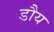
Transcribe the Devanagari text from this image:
डौय